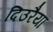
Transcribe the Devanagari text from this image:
दिउरैया